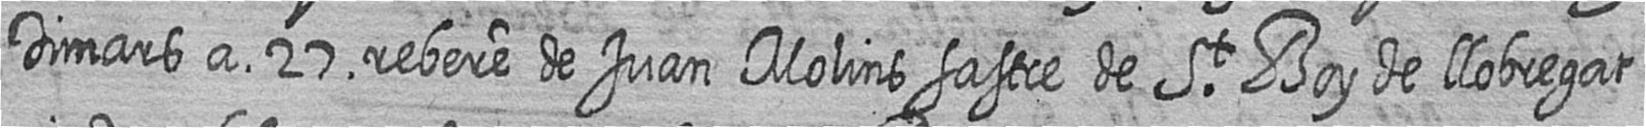
Dimars a 27 rebere de Juan Molins sastre de St Boy de llobregat